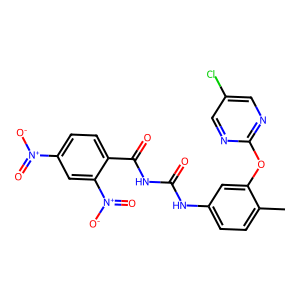
SMILES: Cc1ccc(NC(=O)NC(=O)c2ccc([N+](=O)[O-])cc2[N+](=O)[O-])cc1Oc1ncc(Cl)cn1
Inhibits HIV replication: No